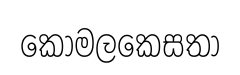
කොමලකෙසතා